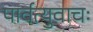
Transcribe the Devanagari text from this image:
पार्वत्युवाचः